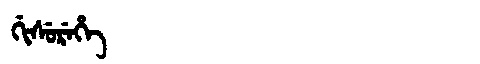
Manchu: ᡤᡳᠰᡠᡵᡝᡥᡝ
Romanization: GISUREHE